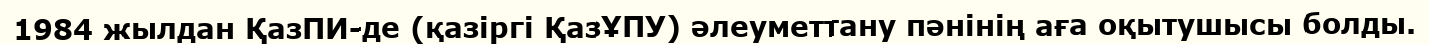
1984 жылдан ҚазПИ-де (қазіргі ҚазҰПУ) әлеуметтану пәнінің аға оқытушысы болды.